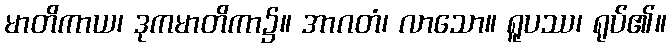
မာတိကာယ၊ ဒုကမာတိကာ၌။ အာဂတံ၊ လာသော။ ရူပဿ၊ ရုပ်၏။